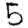
Digit: 5